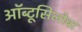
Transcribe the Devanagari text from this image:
ऑब्टूसिलोबा